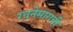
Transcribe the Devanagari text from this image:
रचनेमागची